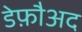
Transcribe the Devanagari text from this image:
डेफ़ौअद